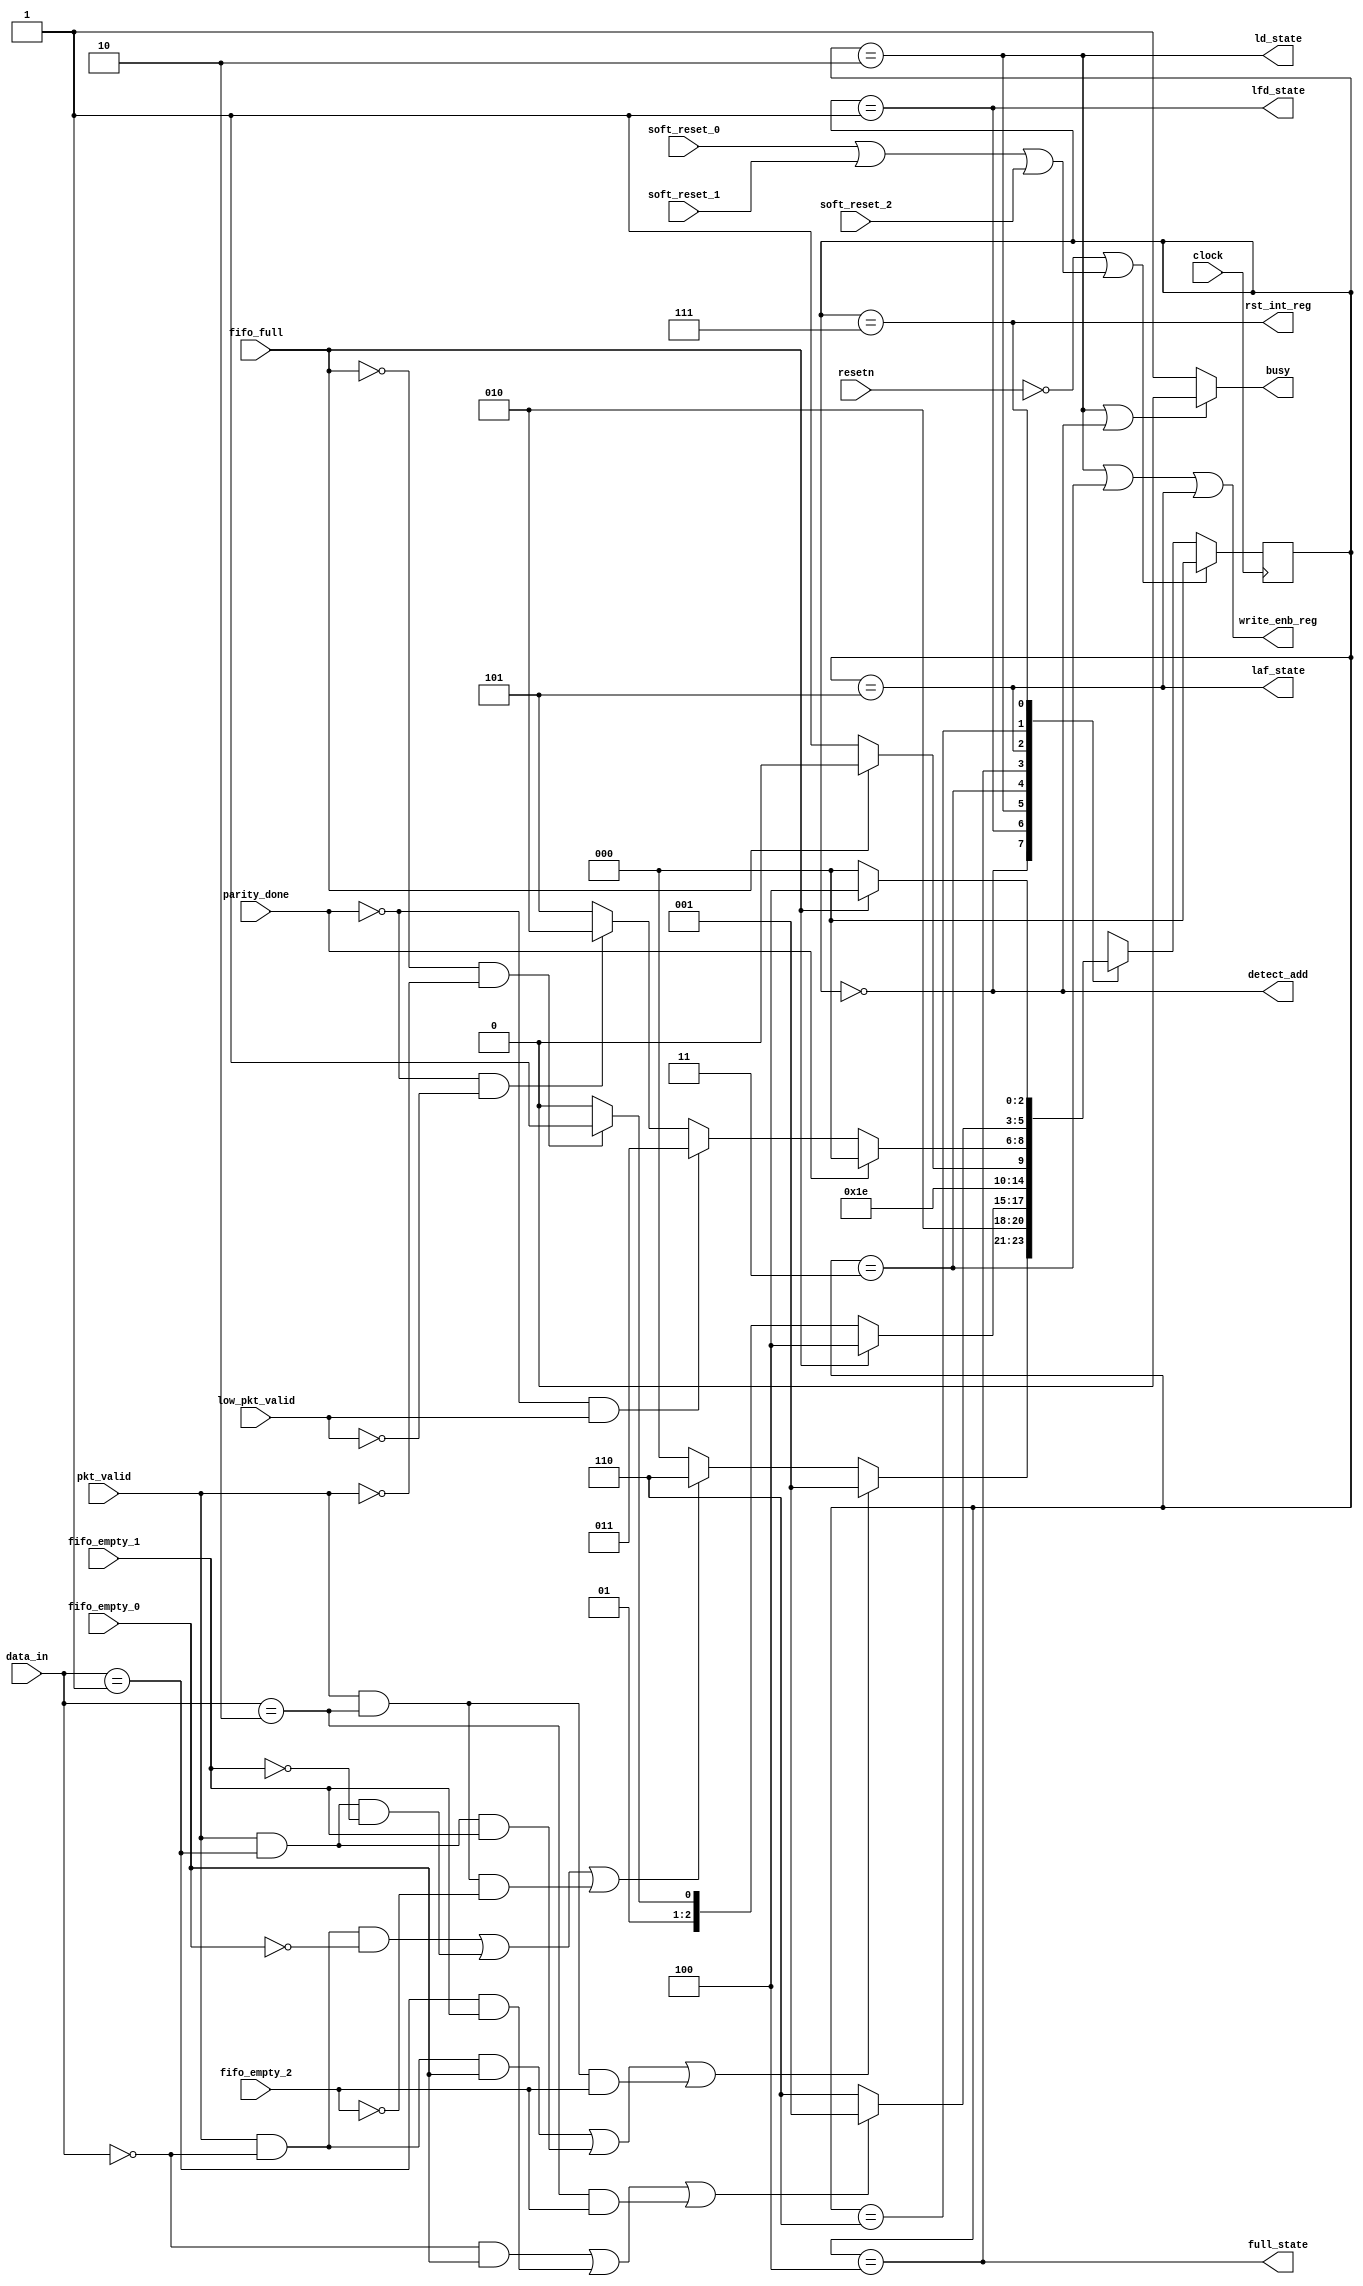
`timescale 1ns / 1ps
//////////////////////////////////////////////////////////////////////////////////
// Company: 
// Engineer: 
// 
// Design Name: 
// Module Name: router_fsm
// Project Name: 
// Target Devices: 
// Tool Versions: 
// Description: 
// 
// Dependencies: 
// 
// Revision:
// Revision 0.01 - File Created
// Additional Comments:
// 
//////////////////////////////////////////////////////////////////////////////////


module router_fsm (
  input 		clock,
  input 		resetn,
  input 		pkt_valid,
  input			parity_done,
  input [1:0]	data_in,
  input 		soft_reset_0,
  input 		soft_reset_1,
  input 		soft_reset_2,
  input 		fifo_full,
  input 		low_pkt_valid,
  input 		fifo_empty_0,
  input			fifo_empty_1,
  input 		fifo_empty_2,
  
  output 		busy,
  output		detect_add,
  output		ld_state,
  output 		laf_state,
  output		full_state,
  output 		write_enb_reg,
  output		rst_int_reg,
  output		lfd_state
);
  
  reg [2:0]state, next_state;
  
  parameter DECODE_ADDRESS		= 	3'b000,
  			LOAD_FIRST_DATA		=	3'b001,
  			LOAD_DATA			=	3'b010,
  			LOAD_PARITY			=	3'b011,
  			FIFO_FULL_STATE		=	3'b100,
  			LOAD_AFTER_FULL		=	3'b101,
  			WAIT_TILL_EMPTY		=	3'b110,
  			CHECK_PARITY_ERROR	=	3'b111;
  
  // State Change Logic
  always @ (*)
    begin
      case (state)
        DECODE_ADDRESS: next_state = ((pkt_valid && (data_in[1:0] == 2'b00) && fifo_empty_0)|
                                      (pkt_valid && (data_in[1:0] == 2'b01) && fifo_empty_1)| 
                                      (pkt_valid && (data_in[1:0] == 2'b10) && fifo_empty_2)) ? LOAD_FIRST_DATA : 
          ((pkt_valid && (data_in[1:0] == 2'b00) && !fifo_empty_0)|
           (pkt_valid && (data_in[1:0] == 2'b01) && !fifo_empty_1)| 
           (pkt_valid && (data_in[1:0] == 2'b10) && !fifo_empty_2)) ? WAIT_TILL_EMPTY : DECODE_ADDRESS;
        
        LOAD_FIRST_DATA: next_state <= LOAD_DATA;
        LOAD_DATA: next_state <= (fifo_full) ? FIFO_FULL_STATE : (!fifo_full && !pkt_valid) ? LOAD_PARITY : LOAD_DATA;
        LOAD_PARITY: next_state <= CHECK_PARITY_ERROR;
        FIFO_FULL_STATE: next_state <= (fifo_full) ? FIFO_FULL_STATE : LOAD_AFTER_FULL;
        LOAD_AFTER_FULL: next_state <= (parity_done) ? DECODE_ADDRESS : 
          							   (!parity_done && low_pkt_valid) ? LOAD_PARITY : 
          							   (!parity_done && !low_pkt_valid) ? LOAD_DATA : LOAD_AFTER_FULL;
        WAIT_TILL_EMPTY: next_state <= (((data_in[1:0] == 2'b00) && fifo_empty_0)|
                                       ((data_in[1:0] == 2'b01) && fifo_empty_1)| 
                                        ((data_in[1:0] == 2'b10) && fifo_empty_2)) ? LOAD_FIRST_DATA : WAIT_TILL_EMPTY;
        CHECK_PARITY_ERROR: next_state <= (fifo_full) ? FIFO_FULL_STATE : DECODE_ADDRESS;
        default next_state <= DECODE_ADDRESS;
      endcase
    end
  
  // State Transition
  always @ (posedge clock)
    begin
      if (!resetn || (soft_reset_0 || soft_reset_1 || soft_reset_2))
        state <= DECODE_ADDRESS;
      else
        state <= next_state;
    end
  
  // Ouputs based on current states
  assign busy = ((state == LOAD_DATA) || (state == DECODE_ADDRESS)) ? 1'b0 : 1'b1;
  assign detect_add = (state == DECODE_ADDRESS);
  assign ld_state = (state == LOAD_DATA);
  assign laf_state= (state == LOAD_AFTER_FULL);
  assign full_state = (state == FIFO_FULL_STATE);
  assign write_enb_reg = ((state == LOAD_DATA) || (state == LOAD_PARITY) || (state == LOAD_AFTER_FULL));
  assign rst_int_reg = (state == CHECK_PARITY_ERROR);
  assign lfd_state = (state == LOAD_FIRST_DATA);;

endmodule